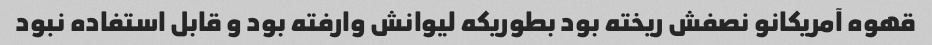
قهوه آمریکانو نصفش ریخته بود بطوریکه لیوانش وارفته بود و قابل استفاده نبود